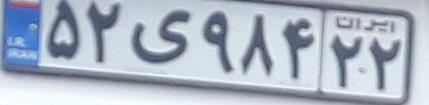
۵۲ی۹۸۴۲۲